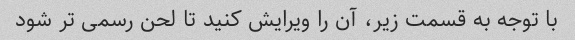
با توجه به قسمت زیر، آن را ویرایش کنید تا لحن رسمی تر شود